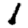
Digit: 1